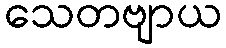
သေတဗျာယ